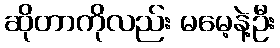
ဆိုတာကိုလည်း မမေ့နဲ့ဦး